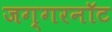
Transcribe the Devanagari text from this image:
जग्गरनॉट